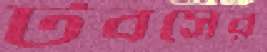
টবসের